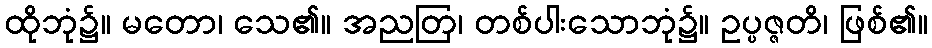
ထိုဘုံ၌။ မတော၊ သေ၏။ အညတြ၊ တစ်ပါးသောဘုံ၌။ ဥပ္ပဇ္ဇတိ၊ ဖြစ်၏။